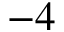
- 4